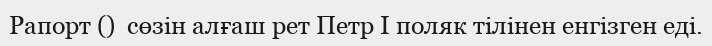
Рапорт ()  сөзін алғаш рет Петр І поляк тілінен енгізген еді.